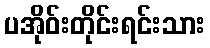
ပအိုဝ်းတိုင်းရင်းသား